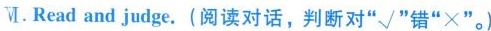
M.Read and judge.(阅读对话,判断对“√"错“×"。)